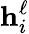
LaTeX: \mathbf h_{i}^{\ell}